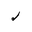
Letter: _lam